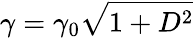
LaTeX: \gamma=\gamma_{0}\sqrt{1+D^{2}}